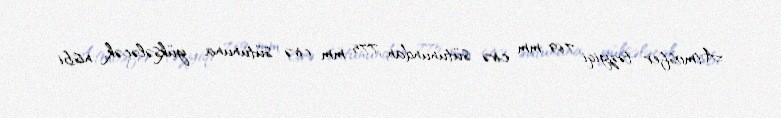
Atmosfer təzyiqi 769 mm civə sütunundan 775 mm civə sütununa yüksələcək, nisbi